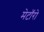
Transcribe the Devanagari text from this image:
मेटॉरो